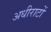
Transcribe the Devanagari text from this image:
अधीराटों